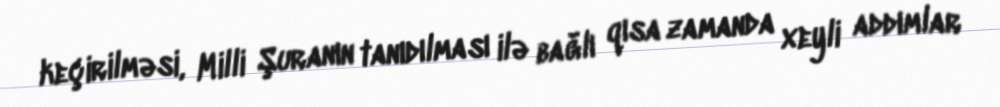
keçirilməsi, Milli Şuranın tanıdılması ilə bağlı qısa zamanda xeyli addımlar